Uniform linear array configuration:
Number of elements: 4
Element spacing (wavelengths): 1
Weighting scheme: cosine
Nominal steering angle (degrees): -30
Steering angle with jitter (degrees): -30.212
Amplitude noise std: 0.05
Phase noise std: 0.05

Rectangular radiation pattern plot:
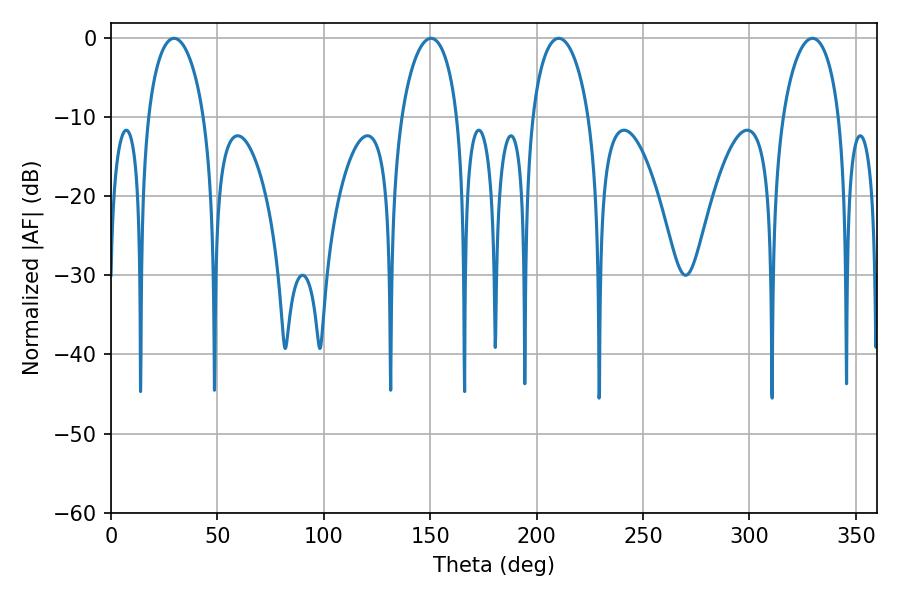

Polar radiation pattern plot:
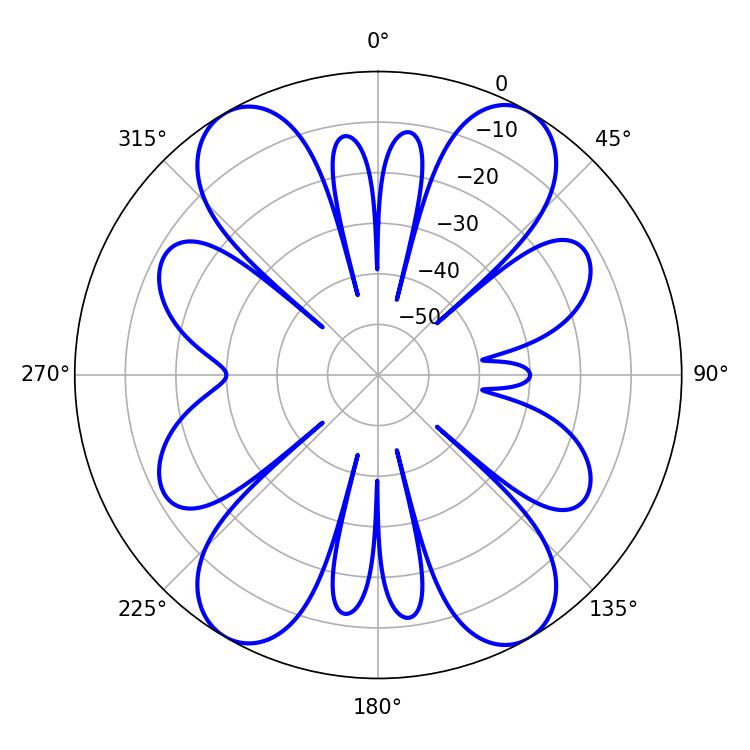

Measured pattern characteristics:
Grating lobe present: TRUE
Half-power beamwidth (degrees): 15.3
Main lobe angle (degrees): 210.42